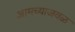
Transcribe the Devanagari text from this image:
आमच्याजवळ